Annual report on the health of the army in India
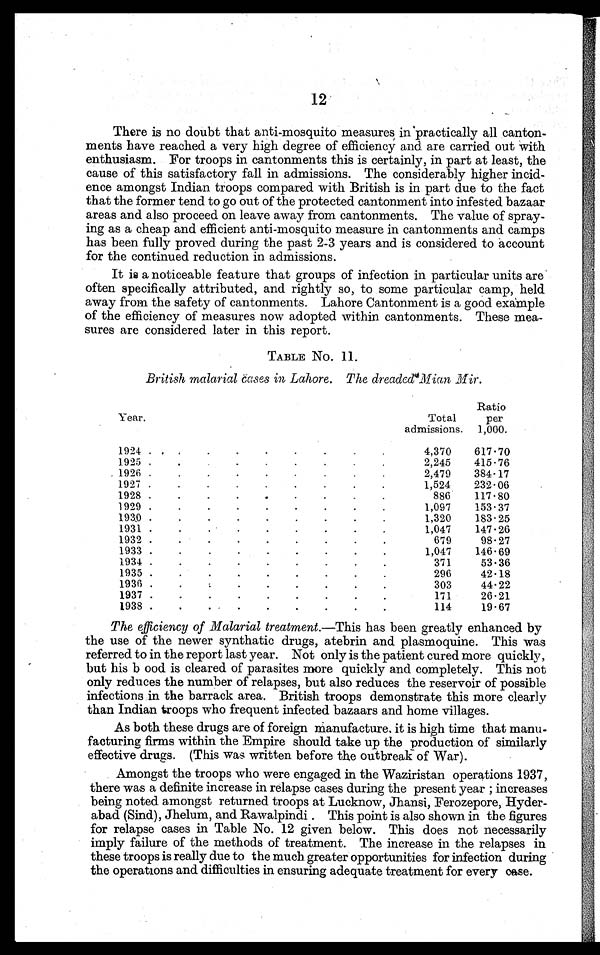
12
There is no doubt that anti-mosquito measures in 'practically all canton-
ments have reached a very high degree of efficiency and are carried out with
enthusiasm. For troops in cantonments this is certainly, in part at least, the
cause of this satisfactory fall in admissions. The considerably higher incid-
ence amongst Indian troops compared with British is in part due to the fact
that the former tend to go out of the protected cantonment into infested bazaar
areas and also proceed on leave away from cantonments. The value of spray-
ing as a cheap and efficient anti-mosquito measure in cantonments and camps
has been fully proved during the past 2-3 years and is considered to account
for the continued reduction in admissions.
It is a noticeable feature that groups of infection in particular units are
often specifically attributed, and rightly so, to some particular camp, held
away from the safety of cantonments. Lahore Cantonment is a good example
of the efficiency of measures now adopted within cantonments. These mea
-sures are considered later in this report.
TABLE No. 11.
British malarial cases in Lahore. The dreaded Mian Mir.
Year.
Total
admissions.
Ratio
per
1,000.
1924 . . .
4,370
617.70
1925 . . .
2,245
415.76
1926 . . .
2,479
384.17
1927 . . .
1,524
232.06
1928 . . .
886
117.80
1929 . . .
1,097
153.37
1930 . . .
1,320
183.25
1931. . .
1,047
147.26
1932 . . .
679
98.27
1933 . . .
1,047
146.69
1934 . . .
371
53.36
1935 . . .
296
42.18
1936 . . .
303
44.22
1937 . . .
171
26.21
1938 . . .
114
19.67
The efficiency of Malarial treatment.—This has been greatly enhanced by
the use of the newer synthatic drugs, atebrin and plasmoquine. This was
referred to in the report last year. Not only is the patient cured more quickly,
but his bood is cleared of parasites more quickly and completely. This not
only reduces the number of relapses, but also reduces the reservoir of possible
infections in the barrack area. British troops demonstrate this more clearly
than Indian troops who frequent infected bazaars and home villages.
As both these drugs are of foreign manufacture, it is high time that manu-
facturing firms within the Empire should take up the production of similarly
effective drugs. (This was written before the outbreak of War).
Amongst the troops who were engaged in the Waziristan operations 1937,
there was a definite increase in relapse cases during the present year ; increases
being noted amongst returned troops at Lucknow, Jhansi, Ferozepore, Hyder-
abad (Sind), Jhelum, and Rawalpindi . This point is also shown in the figures
for relapse cases in Table No. 12 given below. This does not necessarily
imply failure of the methods of treatment. The increase in the relapses in
these troops is really due to the much greater opportunities for infection during
the operations and difficulties in ensuring adequate treatment for every case.